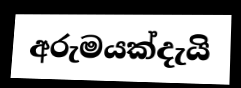
අරුමයක්දැයි